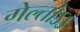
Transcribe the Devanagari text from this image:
गेल्तोऽऽ